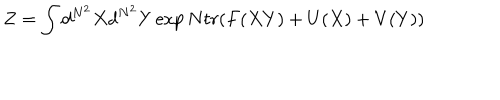
LaTeX: Z = \int d ^ { N ^ { 2 } } X d ^ { N ^ { 2 } } Y \exp N t r ( F ( X Y ) + U ( X ) + V ( Y ) )